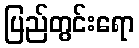
ပြည်တွင်းရော